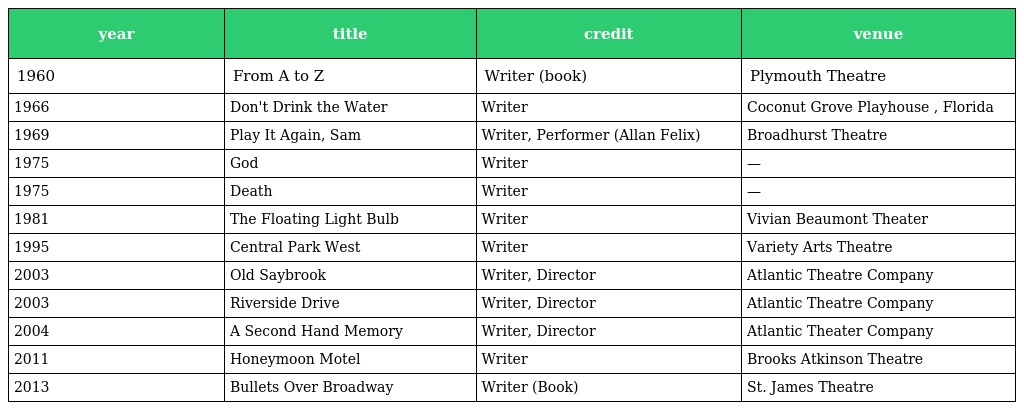
| year | title | credit | venue |
 | --- | --- | --- | --- |
 | 1960 | From A to Z | Writer (book) | Plymouth Theatre |
 | 1966 | Don't Drink the Water | Writer | Coconut Grove Playhouse , Florida |
 | 1969 | Play It Again, Sam | Writer, Performer (Allan Felix) | Broadhurst Theatre |
 | 1975 | God | Writer | — |
 | 1975 | Death | Writer | — |
 | 1981 | The Floating Light Bulb | Writer | Vivian Beaumont Theater |
 | 1995 | Central Park West | Writer | Variety Arts Theatre |
 | 2003 | Old Saybrook | Writer, Director | Atlantic Theatre Company |
 | 2003 | Riverside Drive | Writer, Director | Atlantic Theatre Company |
 | 2004 | A Second Hand Memory | Writer, Director | Atlantic Theater Company |
 | 2011 | Honeymoon Motel | Writer | Brooks Atkinson Theatre |
 | 2013 | Bullets Over Broadway | Writer (Book) | St. James Theatre |